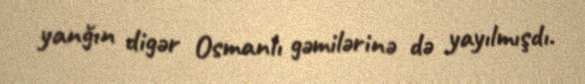
yanğın digər Osmanlı gəmilərinə də yayılmışdı.